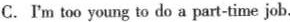
C.'m too young to do a part-time job.